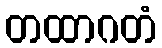
တထာဂတံ